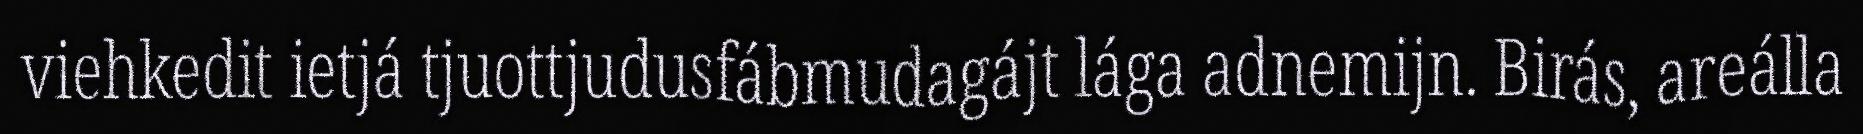
viehkedit ietjá tjuottjudusfábmudagájt lága adnemijn. Birás, areálla